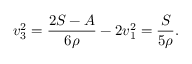
v _ { 3 } ^ { 2 } = \frac { 2 S - A } { 6 \rho } - 2 v _ { 1 } ^ { 2 } = \frac S { 5 \rho } .